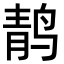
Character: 䴖